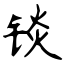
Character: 锬